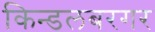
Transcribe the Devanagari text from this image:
किन्डलबरगर